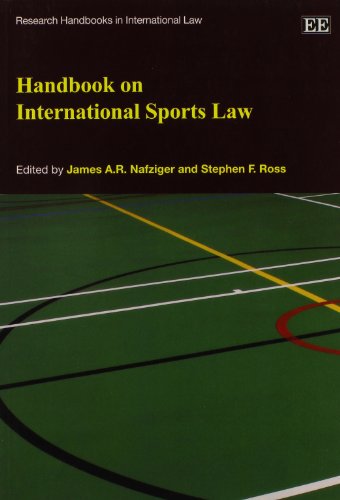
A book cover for Handbook on International Sports Law (Research Handbooks in International Law series) (Elgar Original reference); James A.R. Nafziger; Law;